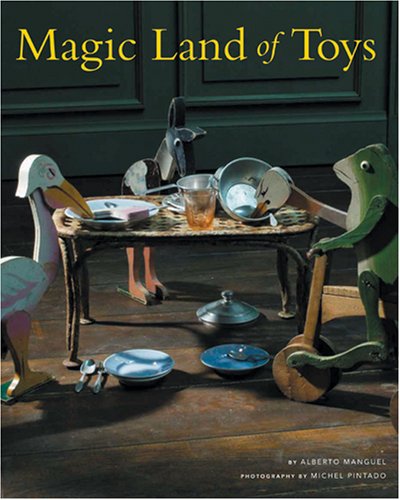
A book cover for Magic Land of Toys; Alberto Manguel; Arts & Photography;